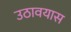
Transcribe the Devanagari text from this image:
उठावयास